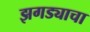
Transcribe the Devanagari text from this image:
झगड्याचा